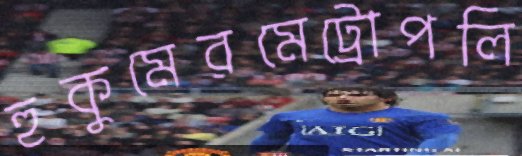
হুকুমেরমেট্রোপলি